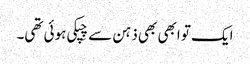
ایک تو ابھی بھی ذہن سے چِپکی ہوئی تھی۔